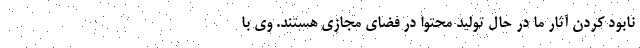
نابود کردن آثار ما در حال تولید محتوا در فضای مجازی هستند. وی با